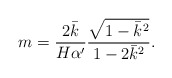
\begin{align*}m=\frac{2\bar{k}}{H\alpha'}\frac{\sqrt{1-\bar{k}^2}}{1-2\bar{k}^2}.\end{align*}